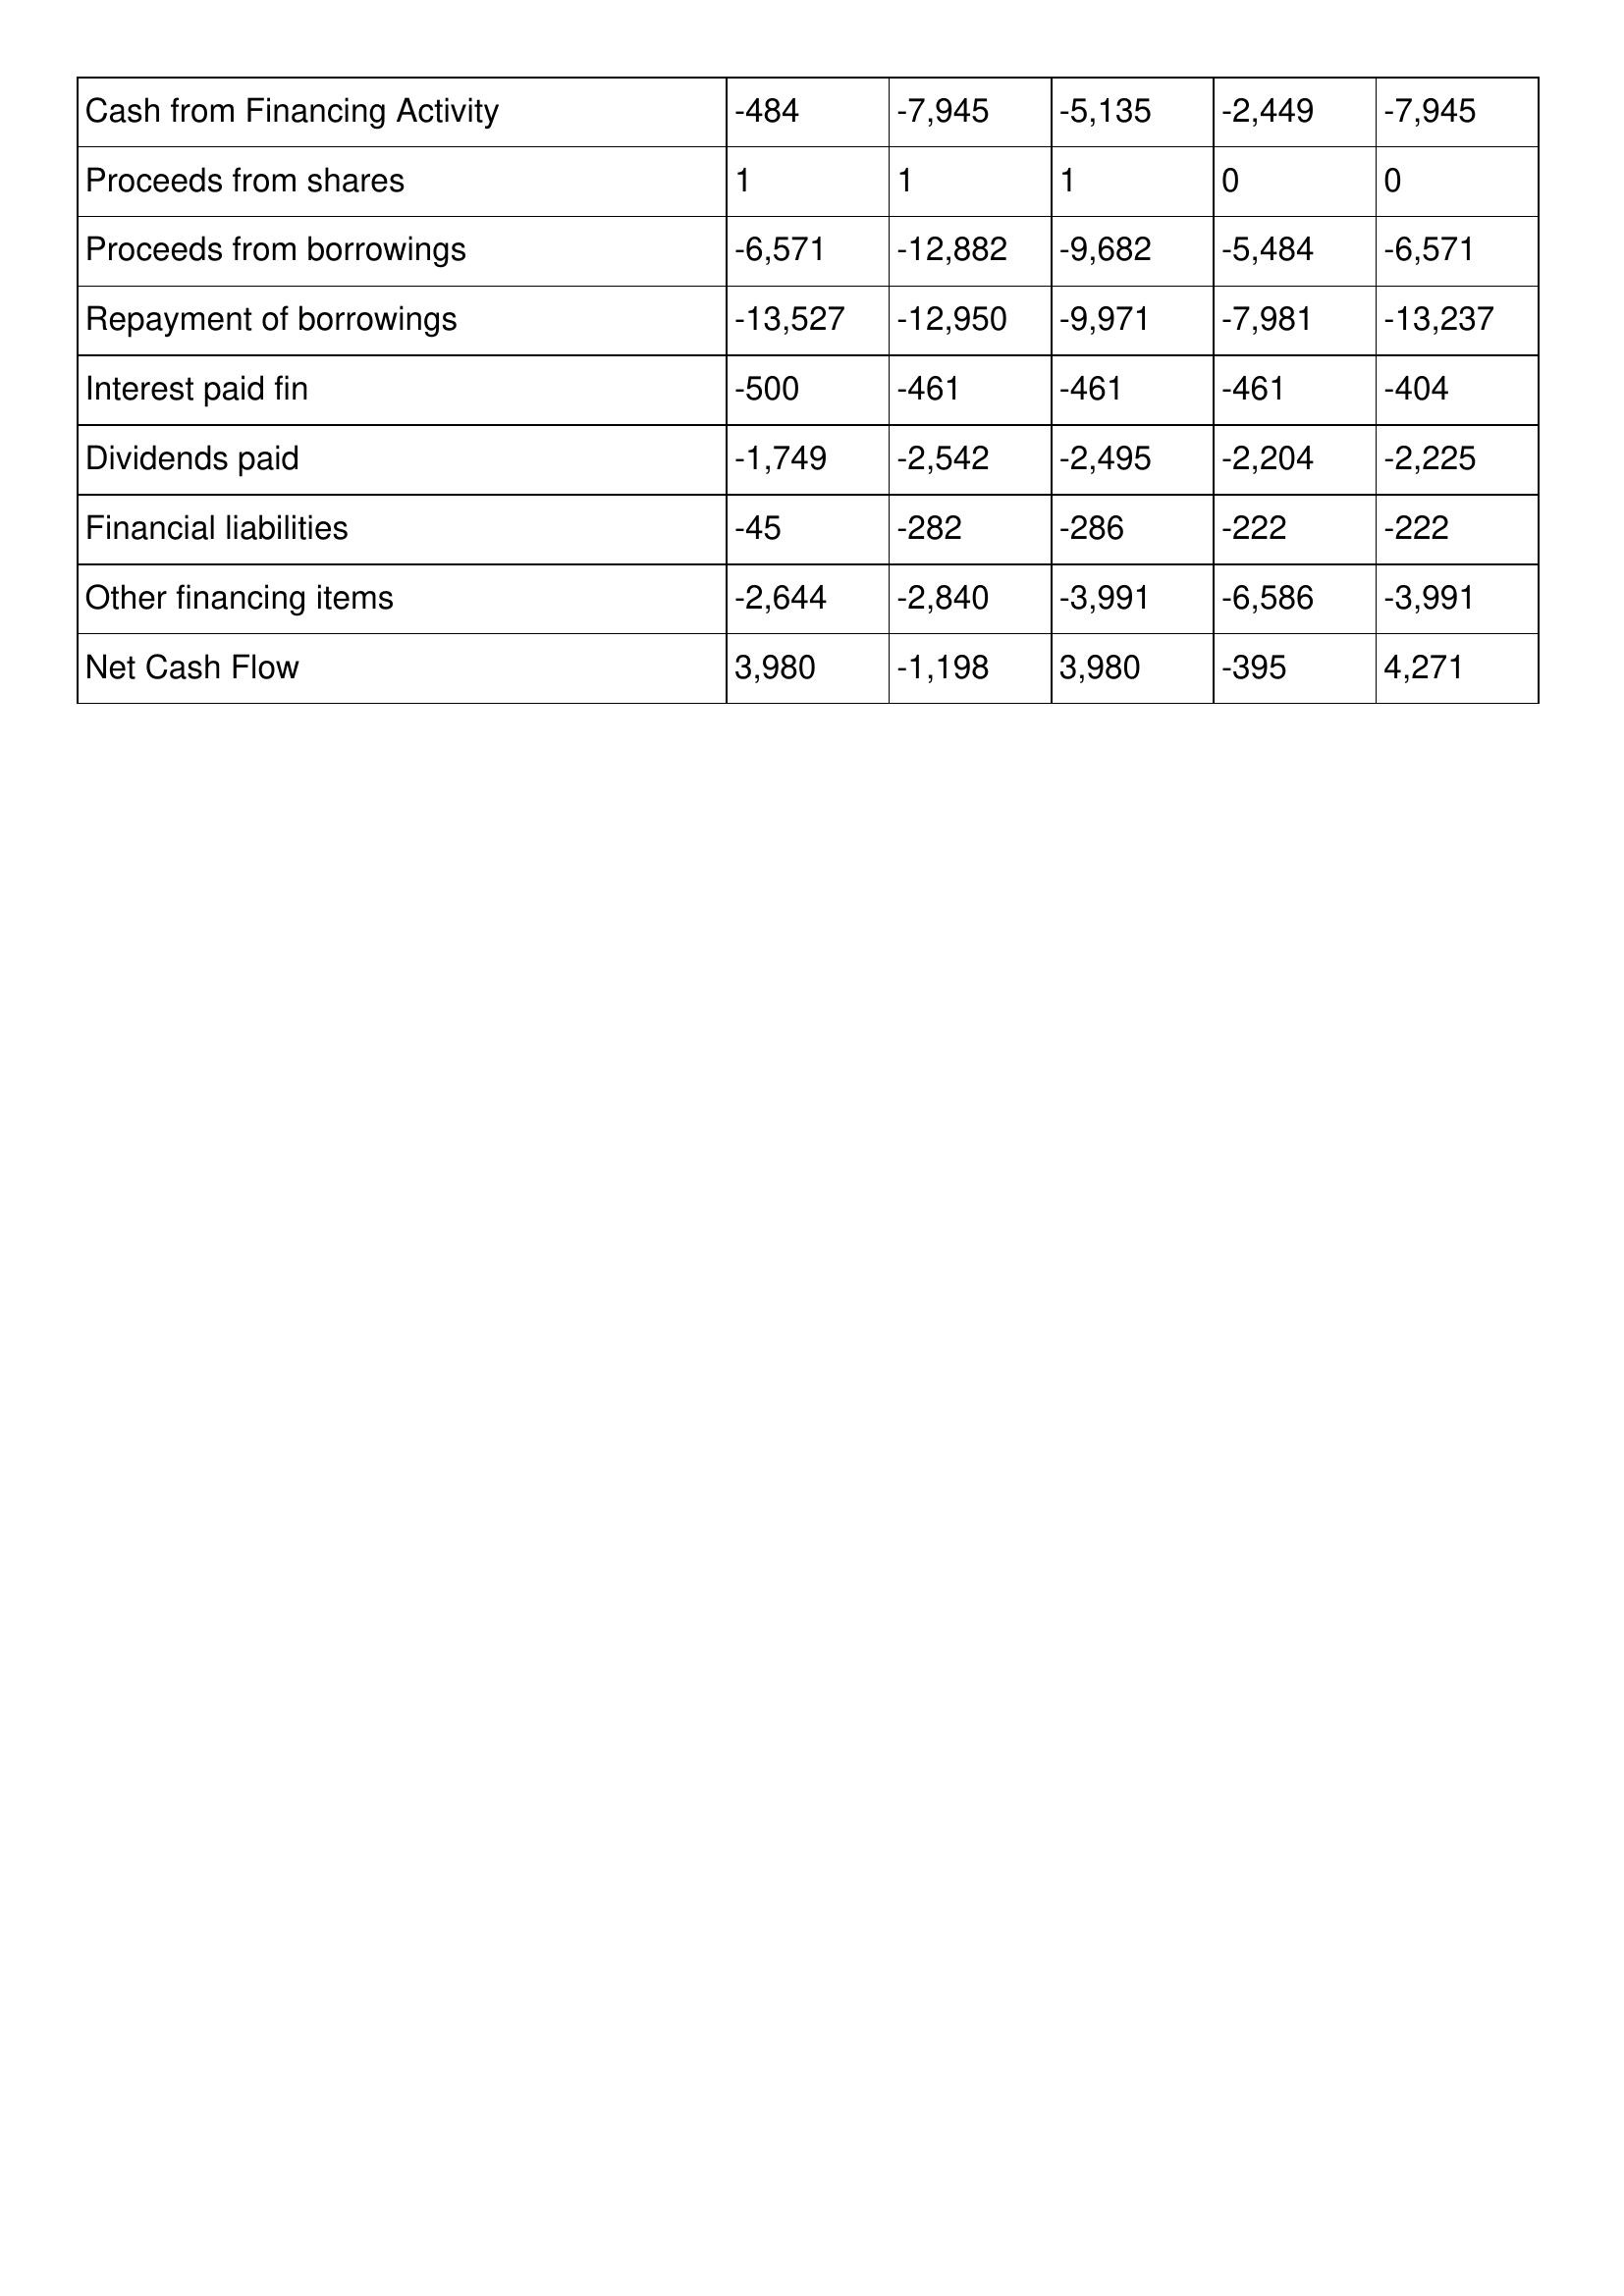
gt_parse: 2000: Cash Flows: Cash from Financing Activity: -484
Proceeds from shares: 1
Proceeds from borrowings: -6,571
Repayment of borrowings: -13,527
Interest paid fin: -500
Dividends paid: -1,749
Financial liabilities: -45
Other financing items: -2,644
Net Cash Flow: 3,980
1999: Cash Flows: Cash from Financing Activity: -7,945
Proceeds from shares: 1
Proceeds from borrowings: -12,882
Repayment of borrowings: -12,950
Interest paid fin: -461
Dividends paid: -2,542
Financial liabilities: -282
Other financing items: -2,840
Net Cash Flow: -1,198
1998: Cash Flows: Cash from Financing Activity: -5,135
Proceeds from shares: 1
Proceeds from borrowings: -9,682
Repayment of borrowings: -9,971
Interest paid fin: -461
Dividends paid: -2,495
Financial liabilities: -286
Other financing items: -3,991
Net Cash Flow: 3,980
1997: Cash Flows: Cash from Financing Activity: -2,449
Proceeds from shares: 0
Proceeds from borrowings: -5,484
Repayment of borrowings: -7,981
Interest paid fin: -461
Dividends paid: -2,204
Financial liabilities: -222
Other financing items: -6,586
Net Cash Flow: -395
1996: Cash Flows: Cash from Financing Activity: -7,945
Proceeds from shares: 0
Proceeds from borrowings: -6,571
Repayment of borrowings: -13,237
Interest paid fin: -404
Dividends paid: -2,225
Financial liabilities: -222
Other financing items: -3,991
Net Cash Flow: 4,271